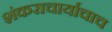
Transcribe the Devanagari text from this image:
शंकराचार्याचाच